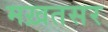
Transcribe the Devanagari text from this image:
मख़तसर